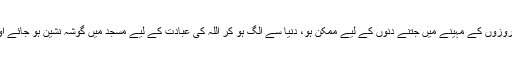
اللہ تعالیٰ اگر کسی شخص کو اِس کی توفیق دے تو اُسے چاہیے کہ روزوں کے مہینے میں جتنے دنوں کے لیے ممکن ہو، دنیا سے الگ ہو کر اللہ کی عبادت کے لیے مسجد میں گوشہ نشین ہو جائے اور بغیر کسی ناگزیر انسانی ضرورت کے مسجد سے باہر نہ نکلے۔